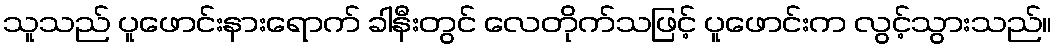
သူသည် ပူဖောင်းနားရောက် ခါနီးတွင် လေတိုက်သဖြင့် ပူဖောင်းက လွင့်သွားသည်။